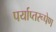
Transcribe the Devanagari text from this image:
पर्याप्तरूपेण